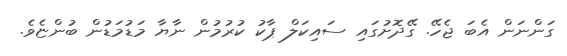
ގަންނަން އެބަ ޖެހޭ. ގޭދޮށުގައި ސައިކަލް ޕާކު ކުރުމުން ނާޔާ މަޑުމަޑުން ބުންޏެވެ.